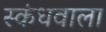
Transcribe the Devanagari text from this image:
स्कंधवाला